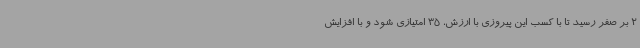
2 بر صفر رسید تا با کسب این پیروزی با ارزش، 35 امتیازی شود و با افزایش